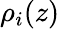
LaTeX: {\rho}_{i}(z)